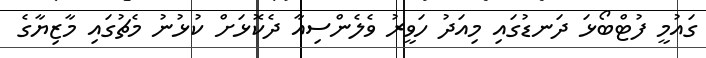
ގައުމީ ފުޓްބޯޅަ ދަނޑުގައި މިއަދު ހަވީރު ވެލެންސިއާ ދެކޮޅަށް ކުޅުނު މެޗުގައި މާޒިޔާގެ